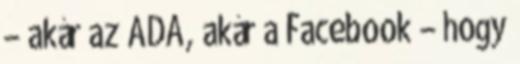
– akár az ADA, akár a Facebook – hogy